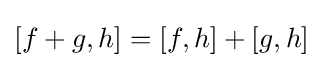
[f+g,h]=[f,h]+[g,h]